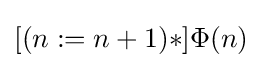
[(n:=n+1)*]\Phi (n)\,\!